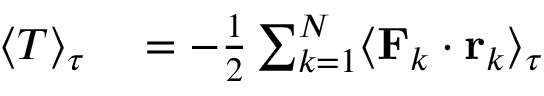
\begin{array} { r l } { \langle T \rangle _ { \tau } } & { { } = - { \frac { 1 } { 2 } } \sum _ { k = 1 } ^ { N } \langle \mathbf { F } _ { k } \cdot \mathbf { r } _ { k } \rangle _ { \tau } } \end{array}